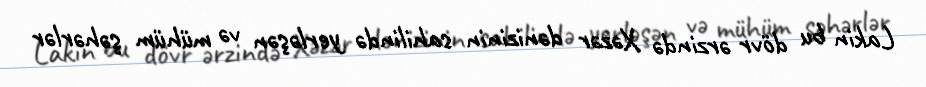
Lakin bu dövr ərzində Xəzər dənizinin sahilində yerləşən və mühüm şəhərlər